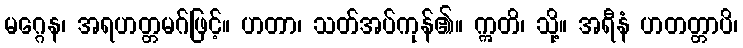
မဂ္ဂေန၊ အရဟတ္တမဂ်ဖြင့်။ ဟတာ၊ သတ်အပ်ကုန်၏။ ဣတိ၊ သို့။ အရီနံ ဟတတ္တာပိ၊